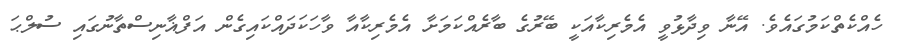
ހެއްކެތްކަމުގައެވެ. އޭނާ ވިދާޅުވީ އެމެރިކާއަކީ ބޭރުގެ ބާރެއްކަމަށާ އެމެރިކާއާ ވާހަކަދައްކައިގެން އަފްޣާނިސްތާނުގައި ސުލްޙަ